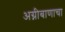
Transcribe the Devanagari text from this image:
अग्नीबाणाचा